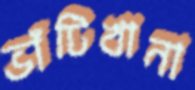
ভাঁটিখানা